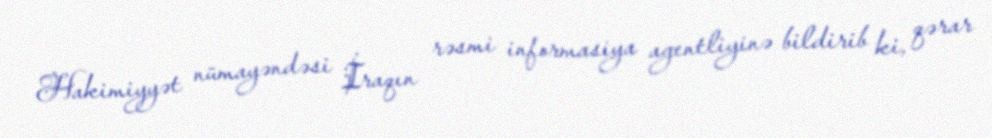
Hakimiyyət nümayəndəsi İraqın rəsmi informasiya agentliyinə bildirib ki, qərar